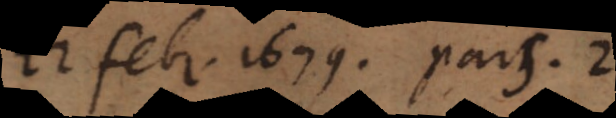
22. febr. 1679. Pars 2.